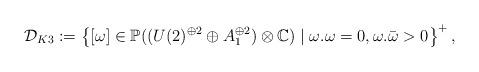
LaTeX: \begin{align*}\mathcal{D}_{K3}:=\left\{ [\omega]\in\mathbb{P}((U(2)^{\oplus2}\oplus A_{1}^{\oplus2})\otimes\mathbb{C})\mid\omega.\omega=0,\omega.\bar{\omega}>0\right\} ^{+},\end{align*}